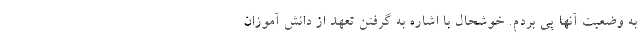
به وضعیت آنها پی بردم. خوشحال با اشاره به گرفتن تعهد از دانش آموزان